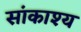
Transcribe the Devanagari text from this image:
सांकाश्य